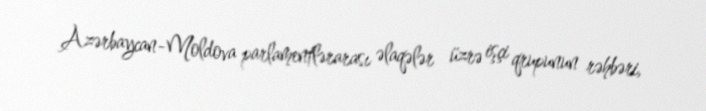
Azərbaycan-Moldova parlamentlərarası əlaqələr üzrə işçi qrupunun rəhbəri,